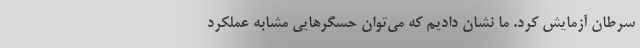
سرطان آزمایش کرد. ما نشان دادیم که می‌توان حسگر‌هایی مشابه عملکرد